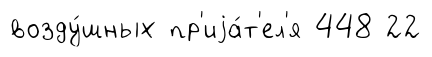
возду́шных пр'иjа́т'ел'я 448 22